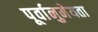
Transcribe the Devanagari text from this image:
पूर्वानुमेयता